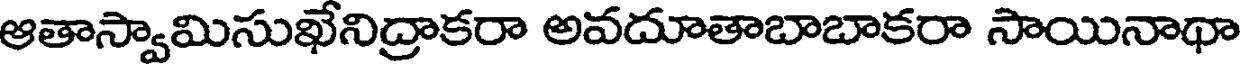
ఆతాస్వామిసుఖేనిద్రాకరా అవదూతాబాబాకరా సాయినాథా